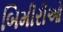
બિમીરીઓ